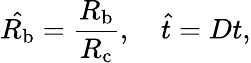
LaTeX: \hat{R_{\mathrm{b}}}=\frac{R_{\mathrm{b}}}{R_{\mathrm{c}}},\quad\hat{t}=Dt,